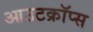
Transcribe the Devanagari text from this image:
आउटक्रॉप्स